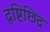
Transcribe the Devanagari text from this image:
दृष्टिछिद्र